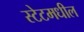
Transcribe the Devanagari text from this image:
स्टेटमधील